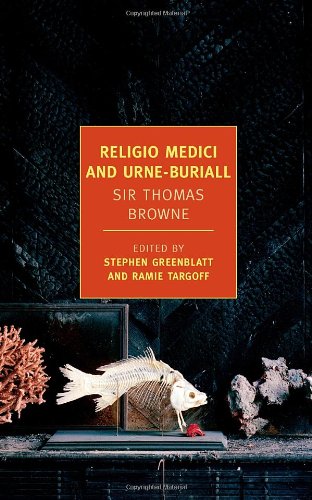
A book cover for Religio Medici and Urne-Buriall (New York Review Books Classics); Sir Thomas Browne; Christian Books & Bibles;